Newspaper: Greenbrier independent. [volume]
Place of publication: Lewisburg, Va. [W. Va.]
Publisher: Joseph Granville
Date: 1895-02-21 00:00:00
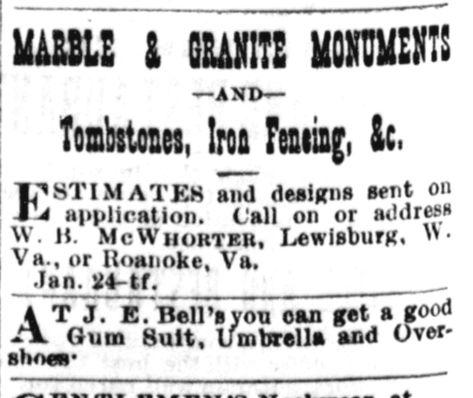
Advertisement text (OCR):
& GRANITE MONUMENTS ?AND? Tombstones, Iron Fesiis;, &c. and designs sent on -Hrf application. Call on or address H. McWhorter, Lewisburg, ?? or lloanoke, Va. Jan. 24- if. J. E. Hell's you oan get a good Gum Suit, Umbrella and Over shoea
Label: text-only